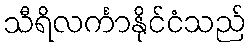
သီရိလင်္ကာနိုင်ငံသည်